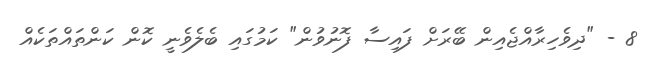
8 - "ދިވެހިރާއްޖެއިން ބޭރަށް ފައިސާ ފޮނުވުން" ކަމުގައި ބެލެވެނީ ކޮން ކަންތައްތަކެއް